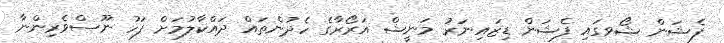
ފެޝަން ޝޯވގައި ފެޝަން ޑިޒައިނަރު މަނީޝް އަރޯރާގެ ހެދުންތައް ދައްކާލުމަށް ފަހު ނޫސްވެރިންނާ